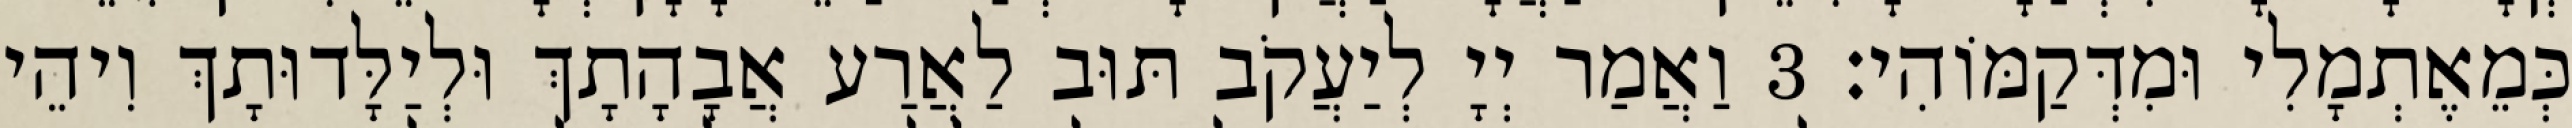
כְּמֵאֶתְמָלִי וּמִדְּקַמּוֹהִי׃ 3 וַאֲמַר יְיָ לְיַעֲקֹב תּוּב לַאֲרַע אֲבָהָתָךְ וּלְיַלָּדוּתָךְ וִיהֵי